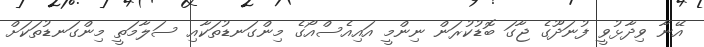
އޭނާ ވިދާޅުވީ ފުނަދޫގެ ޖާގަ ބޮޑުކުރަން ނިންމީ އައިއެސްއޯގެ މިންގަނޑުތަކާއި ސަލާމަތީ މިންގަނޑުތަކަށް